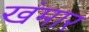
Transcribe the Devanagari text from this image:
खंमार